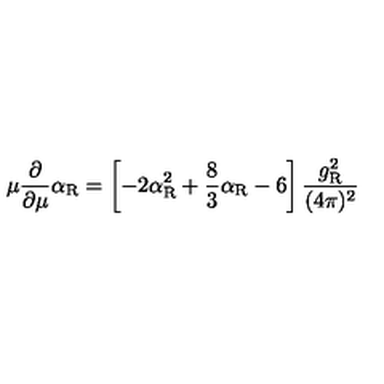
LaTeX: \mu \frac { \partial } { \partial \mu } \alpha _ { \mathrm { R } } = \left[ - 2 \alpha _ { \mathrm { R } } ^ { 2 } + \frac 8 3 \alpha _ { \mathrm { R } } - 6 \right] \frac { g _ { \mathrm { R } } ^ { 2 } } { ( 4 \pi ) ^ { 2 } }